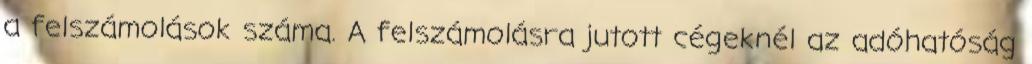
a felszámolások száma. A felszámolásra jutott cégeknél az adóhatóság